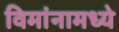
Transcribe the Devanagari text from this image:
विमांनामध्ये